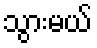
သွားမယ်